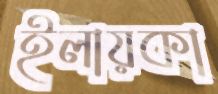
ইলায়কা